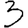
Digit: 3